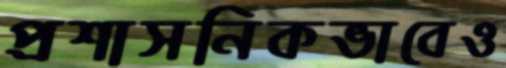
প্রশাসনিকভাবেও